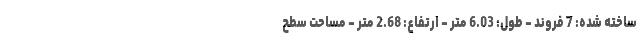
ساخته شده: 7 فروند - طول: 6.03 متر - ارتفاع: 2.68 متر - مساحت سطح